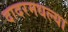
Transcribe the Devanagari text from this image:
दादरमधल्या